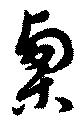
栗